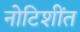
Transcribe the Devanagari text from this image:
नोटिशींत